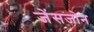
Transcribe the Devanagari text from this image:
जेंसजोन